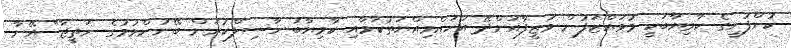
ކުންފުނީގެ ކާމިޔާބަކީ މުވައްޒަފުން ވަޒީފާއަށްދޭ އަހައްމިއްޔަތުކަމާއި ކާމިޔާބު ހާސިލްކުރަން ބޭނުންވުމުގެ ނަތީޖާ" އޭނާ